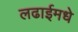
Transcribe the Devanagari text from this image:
लढाईमधे